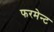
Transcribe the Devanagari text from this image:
फरमेन्ट